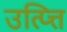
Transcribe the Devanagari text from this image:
उत्प्त्ति